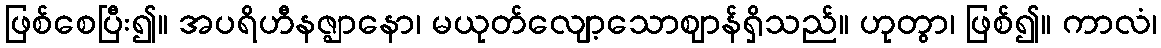
ဖြစ်စေပြီး၍။ အပရိဟီနဇ္ဈာနော၊ မယုတ်လျော့သောဈာန်ရှိသည်။ ဟုတွာ၊ ဖြစ်၍။ ကာလံ၊